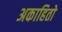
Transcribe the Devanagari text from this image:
अकाहितो